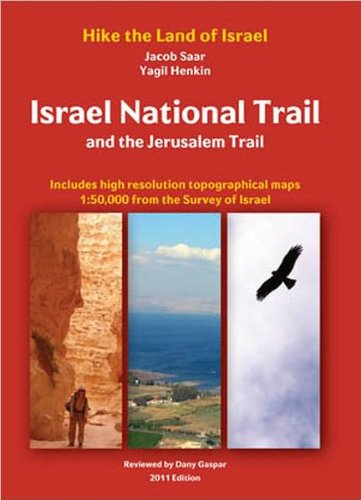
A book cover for Israel National Trail and the Jerusalem Trail (Hike the Land of Israel); Jacob Saar; Travel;